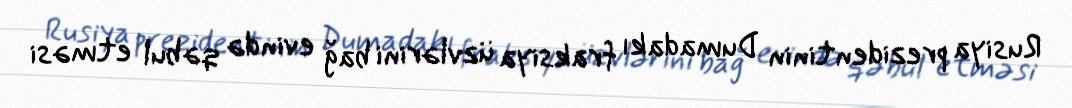
Rusiya prezidentinin Dumadakı fraksiya üzvlərini bağ evində qəbul etməsi